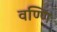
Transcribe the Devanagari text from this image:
वण्णि